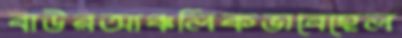
বাউরআঞ্চলিকভাবেহেল